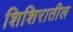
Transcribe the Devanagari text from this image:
शिशिरातील